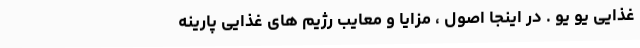
غذایی یو یو . در اینجا اصول ، مزایا و معایب رژیم های غذایی پارینه